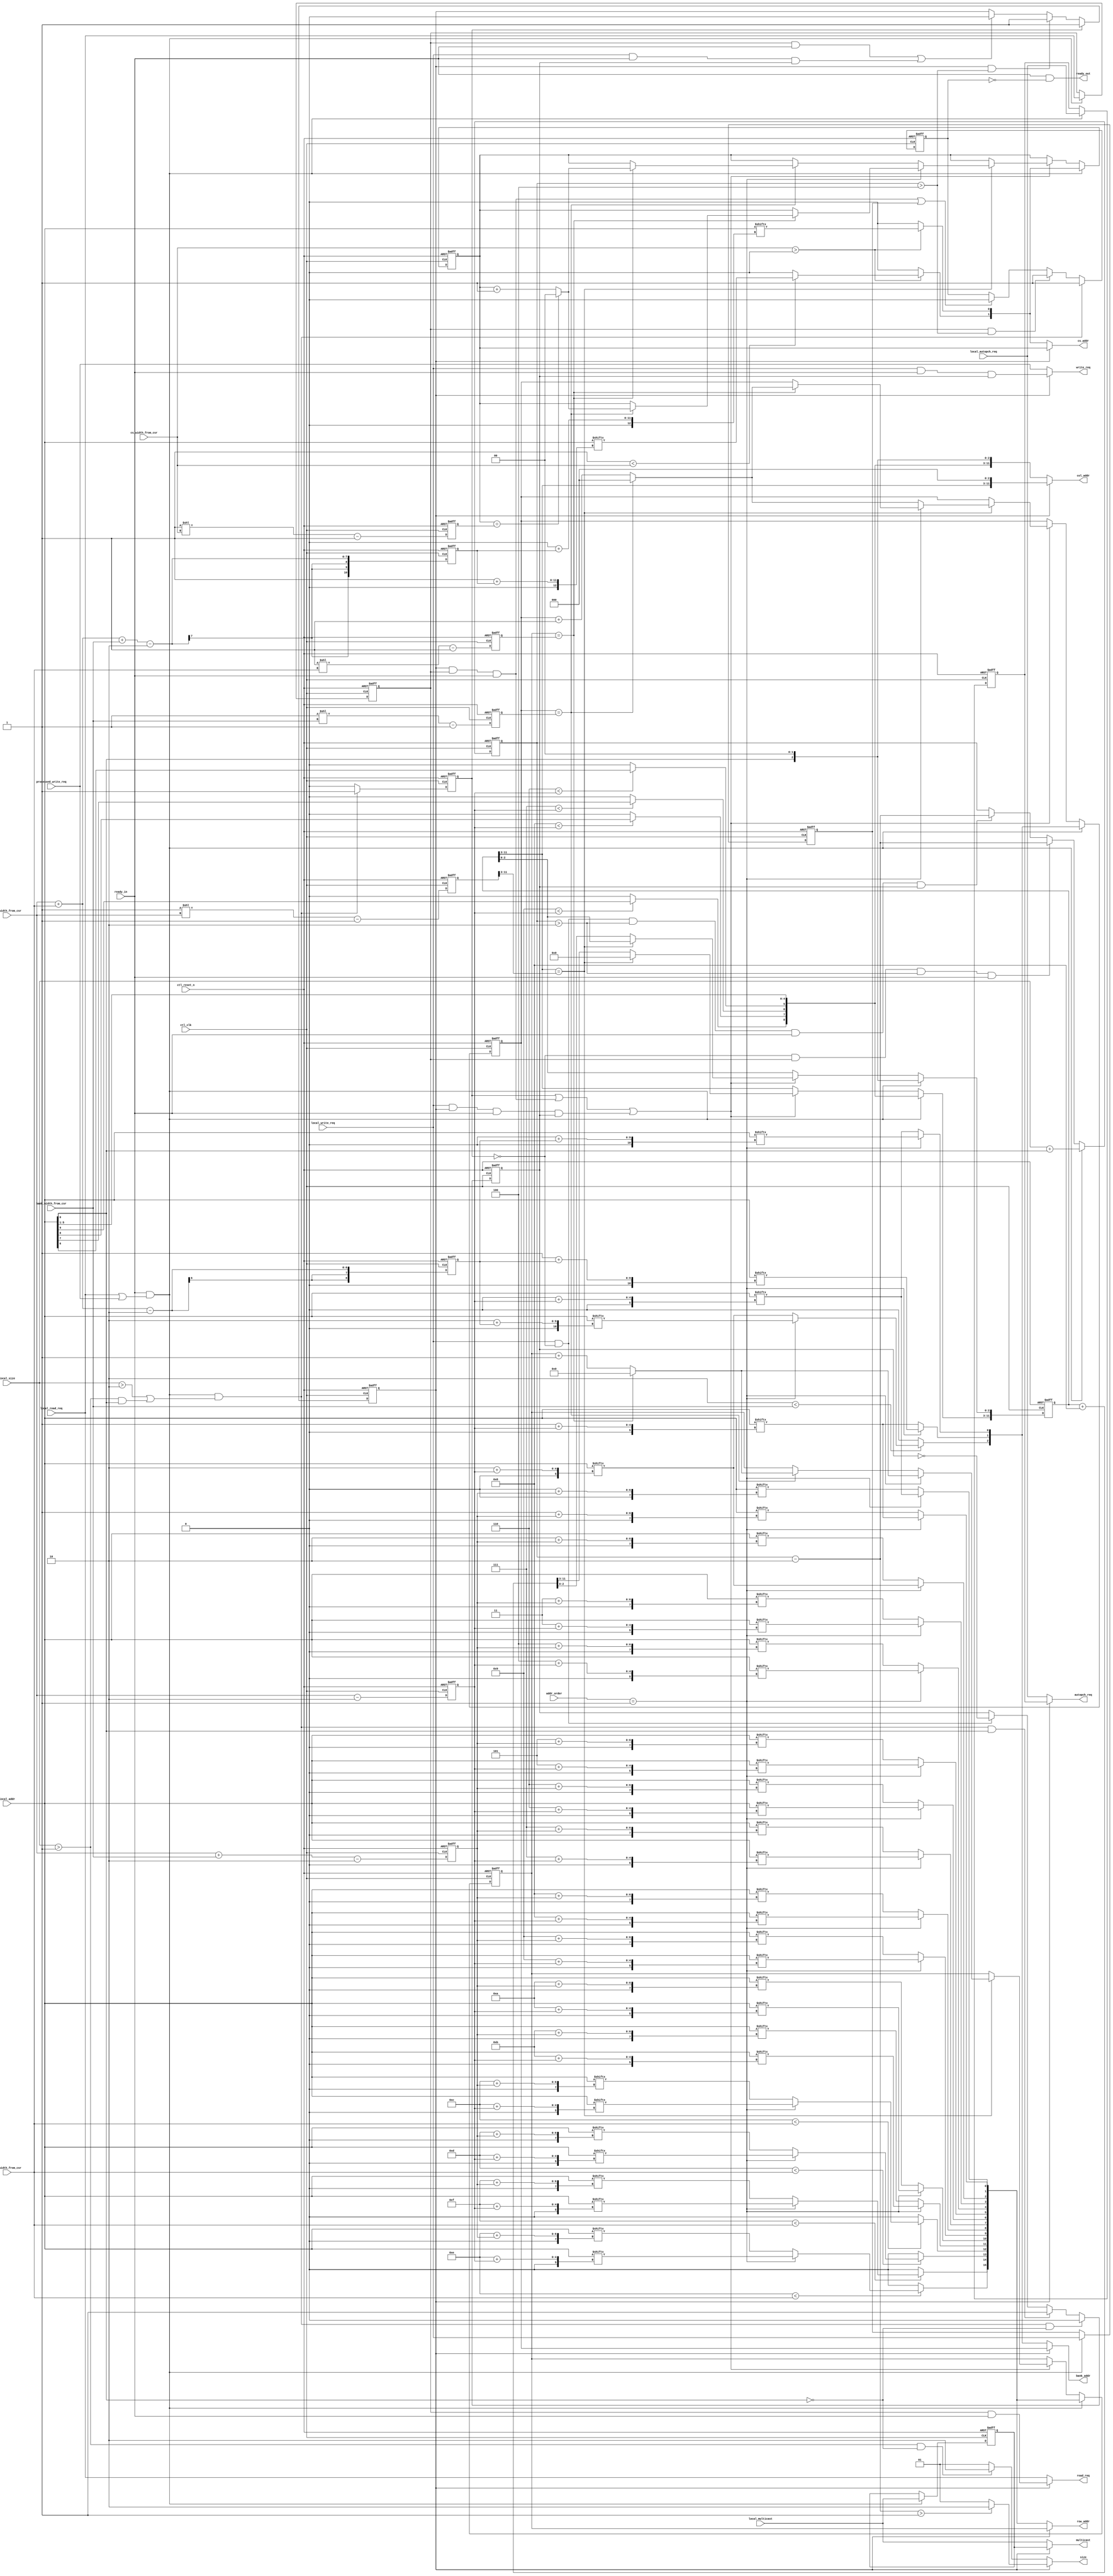
// (C) 2001-2011 Altera Corporation. All rights reserved.
// Your use of Altera Corporation's design tools, logic functions and other 
// software and tools, and its AMPP partner logic functions, and any output 
// files any of the foregoing (including device programming or simulation 
// files), and any associated documentation or information are expressly subject 
// to the terms and conditions of the Altera Program License Subscription 
// Agreement, Altera MegaCore Function License Agreement, or other applicable 
// license agreement, including, without limitation, that your use is for the 
// sole purpose of programming logic devices manufactured by Altera and sold by 
// Altera or its authorized distributors.  Please refer to the applicable 
// agreement for further details.




`timescale 1 ps / 1 ps

// altera message_off 10230 10027
module ddr2_v10_1_0002_alt_ddrx_cmd_gen
    # (parameter
    
        MEM_IF_CSR_COL_WIDTH        = 4,
        MEM_IF_CSR_ROW_WIDTH        = 5,
        MEM_IF_CSR_BANK_WIDTH       = 2,
        MEM_IF_CSR_CS_WIDTH         = 2, 
        MEM_IF_ROW_WIDTH            = 16,
        MEM_IF_COL_WIDTH            = 12,
        MEM_IF_BA_WIDTH             = 3, 
        MEM_IF_CHIP_BITS            = 2, 
        LOCAL_ADDR_WIDTH            = 33,
        INTERNAL_SIZE_WIDTH         = 6,
        DWIDTH_RATIO                = 4,
        MEMORY_BURSTLENGTH          = 8,
        MIN_COL                     = 8,
        MIN_ROW                     = 12,
        MIN_BANK                    = 2,
        MIN_CS                      = 1
        
    )
    (
    
        ctl_clk,
        ctl_reset_n,
        
        local_read_req,
        local_write_req,
        processed_write_req,
        local_size,
        local_autopch_req,
        local_addr,
        local_multicast,
        
		addr_order,
        col_width_from_csr,
        row_width_from_csr,
        bank_width_from_csr,
        cs_width_from_csr,
        
        ready_out,
        ready_in,
		
        read_req,
        write_req,
        size,
        autopch_req,
        cs_addr,
        bank_addr,
        row_addr,
        col_addr,
        multicast
    );
    
    localparam   MAX_COL              = MEM_IF_COL_WIDTH;
    localparam   MAX_ROW              = MEM_IF_ROW_WIDTH;
    localparam   MAX_BANK             = MEM_IF_BA_WIDTH;
    localparam   MAX_CS               = MEM_IF_CHIP_BITS;
    
    input                                 ctl_clk;
    input                                 ctl_reset_n;
    
    input 		     		              local_read_req;
	input 		     		              local_write_req;
    input                                 processed_write_req;
	input [INTERNAL_SIZE_WIDTH-1:0]       local_size;
	input		     		              local_autopch_req;
	input [LOCAL_ADDR_WIDTH-1:0]          local_addr;
    input                                 local_multicast;
    
    input [1:0]	addr_order;
    input [MEM_IF_CSR_COL_WIDTH-1:0]      col_width_from_csr;
	input [MEM_IF_CSR_ROW_WIDTH-1:0]      row_width_from_csr;
    input [MEM_IF_CSR_BANK_WIDTH-1:0]     bank_width_from_csr;
    input [MEM_IF_CSR_CS_WIDTH-1:0]       cs_width_from_csr; 
    
    output                                ready_out;
    input                                 ready_in;
    
    output 		     		              read_req;
	output 		     		              write_req;
	output [1:0]                          size;
	output		     		              autopch_req;
	output [MEM_IF_CHIP_BITS-1:0]         cs_addr;
    output [MEM_IF_BA_WIDTH-1:0]          bank_addr;
    output [MEM_IF_ROW_WIDTH-1:0]         row_addr;
    output [MEM_IF_COL_WIDTH-1:0]         col_addr;
    output                                multicast;
	
    integer                               n;
	integer                               j;
	integer                               k;
	integer                               m;
    
    reg [MEM_IF_CHIP_BITS-1:0]            cs_addr;
	reg [MEM_IF_BA_WIDTH-1:0]             bank_addr;
	reg [MEM_IF_ROW_WIDTH-1:0]            row_addr;
	reg [MEM_IF_COL_WIDTH-1:0]            col_addr;
    
	reg [MEM_IF_CHIP_BITS-1:0]            int_cs_addr;
	reg [MEM_IF_BA_WIDTH-1:0]             int_bank_addr;
	reg [MEM_IF_ROW_WIDTH-1:0]            int_row_addr;
	reg [MEM_IF_COL_WIDTH-1:0]            int_col_addr;
    
    reg  		     		              read_req;
	reg  		     		              write_req;
	reg [1:0]                             size;
	reg                                   autopch_req;
    reg                                   multicast;
    
    reg                                buf_read_req;
	reg                                buf_write_req;
	reg                                buf_autopch_req;
    reg                                buf_multicast;
    
	reg [INTERNAL_SIZE_WIDTH-1:0]      buf_size;
	reg [MEM_IF_CHIP_BITS-1:0]         buf_cs_addr;
    reg [MEM_IF_BA_WIDTH-1:0]          buf_bank_addr;
    reg [MEM_IF_ROW_WIDTH-1:0]         buf_row_addr;
    reg [MEM_IF_COL_WIDTH-1:0]         buf_col_addr;
    
    reg [INTERNAL_SIZE_WIDTH-1:0]      decrmntd_size;
    reg [MEM_IF_CHIP_BITS-1:0]         incrmntd_cs_addr;
    reg [MEM_IF_BA_WIDTH-1:0]          incrmntd_bank_addr;
    reg [MEM_IF_ROW_WIDTH-1:0]         incrmntd_row_addr;
    reg [MEM_IF_COL_WIDTH-1:0]         incrmntd_col_addr;
    
    reg [MEM_IF_CHIP_BITS-1:0]         max_chip_from_csr;
    reg [MEM_IF_BA_WIDTH-1:0]          max_bank_from_csr;
    reg [MEM_IF_ROW_WIDTH-1:0]         max_row_from_csr;
    reg [MEM_IF_COL_WIDTH-1:0]         max_col_from_csr;
    
    reg [MEM_IF_CSR_COL_WIDTH-1:0]                                              int_col_width;
    reg [MEM_IF_CSR_COL_WIDTH+MEM_IF_CSR_ROW_WIDTH-1:0]                         int_col_and_row_width;
    reg [MEM_IF_CSR_COL_WIDTH+MEM_IF_CSR_BANK_WIDTH-1:0]                        int_col_and_bank_width;
    reg [MEM_IF_CSR_COL_WIDTH+MEM_IF_CSR_ROW_WIDTH+MEM_IF_CSR_BANK_WIDTH-1:0]   int_col_and_row_and_bank_width;
    
    wire    copy;
    wire    unaligned_burst;
    wire    require_gen;
    reg     hold_ready;
    reg     registered;
    reg     generating;
    reg     pass_write;
    
    
    always @ (posedge ctl_clk or negedge ctl_reset_n)
    begin
        if (!ctl_reset_n)
        begin
            int_col_width                  <= 0;
            int_col_and_row_width          <= 0;
            int_col_and_bank_width         <= 0;
            int_col_and_row_and_bank_width <= 0;
        end
        else
        begin
            int_col_width                  <= col_width_from_csr                                             - DWIDTH_RATIO/2;
            int_col_and_row_width          <= col_width_from_csr + row_width_from_csr                        - DWIDTH_RATIO/2;
            int_col_and_bank_width         <= col_width_from_csr + bank_width_from_csr                       - DWIDTH_RATIO/2;
            int_col_and_row_and_bank_width <= col_width_from_csr + row_width_from_csr  + bank_width_from_csr - DWIDTH_RATIO/2;
        end
    end
    
    always @(*) 
    begin : Col_addr_loop
        int_col_addr[MIN_COL - DWIDTH_RATIO/2 - 1 : 0] = local_addr[MIN_COL - DWIDTH_RATIO/2 - 1 : 0];    
        for (n=MIN_COL - DWIDTH_RATIO/2; n<MAX_COL; n=n+1'b1) begin
            if(n < int_col_width) begin 
                 int_col_addr[n] = local_addr[n]; 
            end
            else begin
                 int_col_addr[n] = 1'b0; 
            end    
        end
        int_col_addr = (int_col_addr << (log2 (DWIDTH_RATIO)));
    end
    
    always @(*) 
    begin : Row_addr_loop
        for (j=0; j<MIN_ROW; j=j+1'b1) begin    
            if(addr_order == 2'd1)  
                    int_row_addr[j] = local_addr[j + int_col_width];  
            else  
                    int_row_addr[j] = local_addr[j + int_col_and_bank_width]; 
        end
        for (j=MIN_ROW; j<MAX_ROW; j=j+1'b1) begin               
            if(j < row_width_from_csr) begin    
                if(addr_order == 2'd1)
                    int_row_addr[j] = local_addr[j + int_col_width]; 
                else  
                    int_row_addr[j] = local_addr[j + int_col_and_bank_width]; 
            end
            else begin
                int_row_addr[j] = 1'b0;  
            end
        end
    end
    
    always @(*) 
    begin : Bank_addr_loop
        for (k=0; k<MIN_BANK; k=k+1'b1) begin    
            if(addr_order == 2'd1) 
                    int_bank_addr[k] = local_addr[k + int_col_and_row_width]; 
                else  
                    int_bank_addr[k] = local_addr[k + int_col_width]; 
        end
        for (k=MIN_BANK; k<MAX_BANK; k=k+1'b1) begin               
            if(k < bank_width_from_csr) begin   
                if(addr_order == 2'd1)
                    int_bank_addr[k] = local_addr[k + int_col_and_row_width]; 
                else  
                    int_bank_addr[k] = local_addr[k + int_col_width]; 
            end
            else begin
                int_bank_addr[k] = 1'b0; 
            end
         end
    end
      
    always @(*) 
    begin
        m=0;
        if (cs_width_from_csr > 1'b0) begin    
            for (m=0; m<MIN_CS; m=m+1'b1) begin  
                int_cs_addr[m] = local_addr[m + int_col_and_row_and_bank_width]; 
            end
            for (m=MIN_CS; m<MAX_CS; m=m+1'b1) begin                
                if(m < cs_width_from_csr) begin     
                    int_cs_addr[m] = local_addr[m + int_col_and_row_and_bank_width]; 
                end    
                else begin
                    int_cs_addr[m] = 1'b0;
                end
            end
        end
        else begin 
            int_cs_addr = {MEM_IF_CHIP_BITS{1'b0}}; 
        end
    end
    
    
    
    always @ (posedge ctl_clk or negedge ctl_reset_n)
    begin
        if (!ctl_reset_n)
        begin
            max_chip_from_csr <= 0;
            max_bank_from_csr <= 0;
            max_row_from_csr  <= 0;
            max_col_from_csr  <= 0;
        end
        else
        begin
            max_chip_from_csr <= (2**cs_width_from_csr)   - 1'b1;
            max_bank_from_csr <= (2**bank_width_from_csr) - 1'b1;
            max_row_from_csr  <= (2**row_width_from_csr)  - 1'b1;
            max_col_from_csr  <= (2**col_width_from_csr)  - 1'b1;
        end
    end
    
    assign  ready_out   =   ready_in & ~hold_ready;
    assign  copy    =   ready_in & (local_read_req | processed_write_req);
    assign  unaligned_burst   =   (DWIDTH_RATIO == 2 && int_col_addr[1]) || (DWIDTH_RATIO == 4 && int_col_addr[2]);
    assign  require_gen =   local_size > 2 | (local_size > 1 & unaligned_burst);
    
    always @(posedge ctl_clk, negedge ctl_reset_n)
        begin
            if (!ctl_reset_n)
                hold_ready  <=  0;
            else
                begin
                    if (copy && require_gen)
                        hold_ready  <=  1;
                    else if (buf_read_req && buf_size > 4)
                        hold_ready  <=  1;
                    else if ((generating && buf_read_req && ready_in) || (buf_write_req))
                        hold_ready  <=  0;
                end
        end
    
    always @(posedge ctl_clk, negedge ctl_reset_n)
        begin
            if (!ctl_reset_n)
                registered  <=  0;
            else
                begin
                    if (copy && require_gen)
                        registered  <=  1;
                    else
                        registered  <=  0;
                end
        end
    
    always @(posedge ctl_clk, negedge ctl_reset_n)
        begin
            if (!ctl_reset_n)
                generating  <=  0;
            else
                begin
                    if (registered)
                        generating  <=  1;
                    else if (generating && buf_size > 4)
                        generating  <=  1;
                    else if ((buf_read_req && ready_in) || (local_write_req && ready_in && pass_write))
                        generating  <=  0;
                end
        end
    
    always @(*)
        begin
            if (INTERNAL_SIZE_WIDTH > 1)
                begin
                    if (!generating)
                        if (local_size > 1 && !unaligned_burst)
                            size    <=  2;
                        else
                            size    <=  1;
                    else
                        if (decrmntd_size > 1)
                            size    <=  2;
                        else
                            size    <=  1;
                end
            else
                size    <=  1;
        end
    
    always @(*)
        if (!generating) 
            begin
                read_req    <=  local_read_req;
                write_req   <=  processed_write_req;
                autopch_req <=  local_autopch_req;
                multicast   <=  local_multicast;
                cs_addr     <=  int_cs_addr;
                bank_addr   <=  int_bank_addr;
                row_addr    <=  int_row_addr;
                col_addr    <=  int_col_addr;
            end
        else 
            begin
                read_req    <=  buf_read_req & ready_in;
                write_req   <=  local_write_req & ready_in & pass_write;
                autopch_req <=  buf_autopch_req;
                multicast   <=  buf_multicast;
                cs_addr     <=  incrmntd_cs_addr;
                bank_addr   <=  incrmntd_bank_addr;
                row_addr    <=  incrmntd_row_addr;
                if (DWIDTH_RATIO == 2)
                    col_addr    <=  {incrmntd_col_addr[MEM_IF_COL_WIDTH-1:2],2'b00};
                else
                    col_addr    <=  {incrmntd_col_addr[MEM_IF_COL_WIDTH-1:3],3'b000};
            end
    
    always @(posedge ctl_clk, negedge ctl_reset_n)
        begin
            if (!ctl_reset_n)
                pass_write  <=  0;
            else
                begin
                    if (copy && require_gen && !unaligned_burst)
                        pass_write  <=  0;
                    else if (copy && require_gen && unaligned_burst)
                        pass_write  <=  1;
                    else if (local_write_req && !registered)
                        pass_write  <=  ~pass_write;
                end
        end
    
    always @(posedge ctl_clk, negedge ctl_reset_n)
        begin
            if (!ctl_reset_n)
                begin
                    buf_read_req    <=  1'b0;
                    buf_write_req   <=  1'b0;
                    buf_autopch_req <=  1'b0;
                    buf_multicast   <=  1'b0;
                end
            else
                if (copy)
                    begin
                        buf_read_req    <=  local_read_req;
                        buf_write_req   <=  local_write_req;
                        buf_autopch_req <=  local_autopch_req;
                        buf_multicast   <=  local_multicast;
                    end
        end
    
    always @(posedge ctl_clk, negedge ctl_reset_n)
        begin
            if (!ctl_reset_n)
                buf_size    <=  0;
            else
                begin
                    if (copy)
                        buf_size    <=  local_size + unaligned_burst;
                    else if (!registered && buf_read_req && buf_size > 2 && ready_in)
                        buf_size    <=  buf_size - 2'b10;
                    else if (!registered && local_write_req && buf_size > 2 && ready_in && pass_write)
                        buf_size    <=  buf_size - 2'b10;
                end
        end
    
    always @(*)
        decrmntd_size   <=  buf_size - 2'b10;
    
    always @(posedge ctl_clk, negedge ctl_reset_n)
        begin
            if (!ctl_reset_n)
                begin
                    buf_cs_addr     <=  0;
                    buf_bank_addr   <=  0;
                    buf_row_addr    <=  0;
                    buf_col_addr    <=  0;
                end
            else
                if (copy)
                    begin
                        buf_cs_addr     <=  int_cs_addr;
                        buf_bank_addr   <=  int_bank_addr;
                        buf_row_addr    <=  int_row_addr;
                        buf_col_addr    <=  int_col_addr;
                    end
                else if (registered || (buf_read_req && generating && ready_in) || (local_write_req && generating && ready_in && pass_write))
                    if ((MEMORY_BURSTLENGTH == 8 && buf_col_addr[MEM_IF_COL_WIDTH-1:3] == max_col_from_csr[MEM_IF_COL_WIDTH-1:3]) || (MEMORY_BURSTLENGTH == 4 && buf_col_addr[MEM_IF_COL_WIDTH-1:2] == max_col_from_csr[MEM_IF_COL_WIDTH-1:2]))
                        begin
                            if (MEMORY_BURSTLENGTH == 8)
                                buf_col_addr[MEM_IF_COL_WIDTH-1:3]   <=  0;
                            else
                                buf_col_addr[MEM_IF_COL_WIDTH-1:2]   <=  0;
                            
                            if (addr_order == 1) 
                                begin
                                    if (buf_row_addr == max_row_from_csr)
                                        begin
                                            buf_row_addr <=  0;
                                            if (buf_bank_addr == max_bank_from_csr)
                                                begin
                                                    buf_bank_addr <=  0;
                                                    if (buf_cs_addr == max_chip_from_csr)
                                                        buf_cs_addr    <=  0;
                                                    else
                                                        buf_cs_addr <=  buf_cs_addr + 1'b1;
                                                end
                                            else
                                                buf_bank_addr <=  buf_bank_addr + 1'b1;
                                        end
                                    else
                                        buf_row_addr <=  buf_row_addr + 1'b1;
                                end
                            else 
                                begin
                                    if (buf_bank_addr == max_bank_from_csr)
                                        begin
                                            buf_bank_addr <=  0;
                                            if (buf_row_addr == max_row_from_csr)
                                                begin
                                                    buf_row_addr <=  0;
                                                    if (buf_cs_addr == max_chip_from_csr)
                                                        buf_cs_addr    <=  0;
                                                    else
                                                        buf_cs_addr <=  buf_cs_addr + 1'b1;
                                                end
                                            else
                                                buf_row_addr <=  buf_row_addr + 1'b1;
                                        end
                                    else
                                        buf_bank_addr <=  buf_bank_addr + 1'b1;
                                end
                        end
                    else
                        begin
                            if (MEMORY_BURSTLENGTH == 8)
                                buf_col_addr <=  buf_col_addr + 4'b1000;
                            else
                                buf_col_addr <=  buf_col_addr + 3'b100;
                        end
        end
    
    always @(*)
        begin
            incrmntd_cs_addr    =   buf_cs_addr;
            incrmntd_bank_addr  =   buf_bank_addr;
            incrmntd_row_addr   =   buf_row_addr;
            incrmntd_col_addr   =   buf_col_addr;
        end
    
    function integer log2;  
       input integer value;
       begin
           for (log2=0; value>0; log2=log2+1)
               value = value>>1;
           log2 = log2 - 1;
       end
    endfunction

endmodule